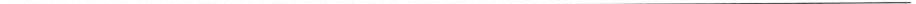
___